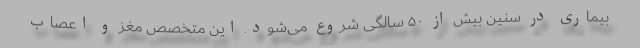
بیماری در سنین بیش از ۵۰ سالگی شروع می‌شود. این متخصص مغز و اعصاب